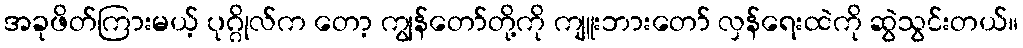
အခုဖိတ်ကြားမယ့် ပုဂ္ဂိုလ်က တော့ ကျွန်တော်တို့ကို ကျူးဘားတော် လှန်ရေးထဲကို ဆွဲသွင်းတယ်။